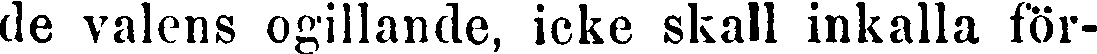
do valens ogillande, icke skall inkalla för-